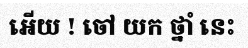
អើយ ! ចៅ យក ថ្នាំ នេះ